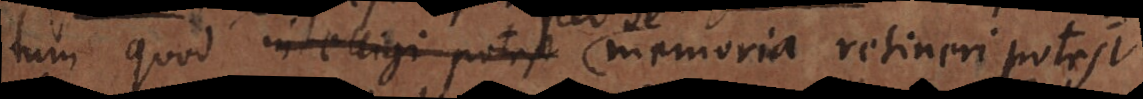
tum quod intelligi potest per se memoria retineri potest